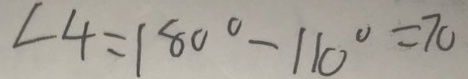
\angle 4 = 1 8 0 ^ { \circ } - 1 1 0 ^ { \circ } = 7 0